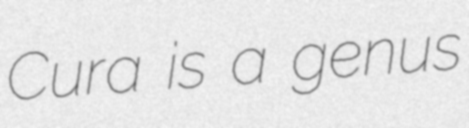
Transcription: Cura is a genus